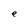
Character: e